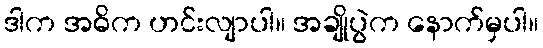
ဒါက အဓိက ဟင်းလျာပါ။ အချိုပွဲက နောက်မှပါ။